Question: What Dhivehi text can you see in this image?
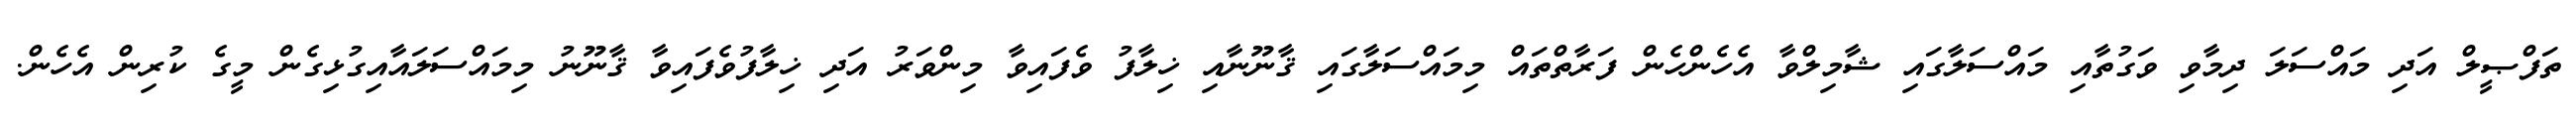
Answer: ތަފްޞީލް އަދި މައްސަލަ ދިމާވި ވަގުތާއި މައްސަލާގައި ޝާމިލްވާ އެހެންހެން ފަރާތްތައް މިމައްސަލާގައި ޤާނޫނާއި ޚިލާފު ވެފައިވާ މިންވަރު އަދި ޚިލާފުވެފައިވާ ޤާނޫނު މިމައްސަލައާއިގުޅިގެން މީގެ ކުރިން އެހެން.